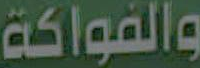
والفواكة